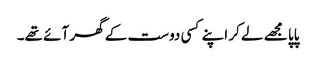
پاپا مجھے لے کر اپنے کسی دوست کے گھر آئے تھے۔